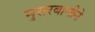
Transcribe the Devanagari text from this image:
मुरारबाजीने